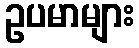
ဥပမာများ